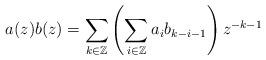
LaTeX: \begin{gather*}a(z)b(z)=\sum_{k\in\mathbb{Z}}\left(\sum_{i\in\mathbb{Z}}a_{i}b_{k-i-1}\right)z^{-k-1}\end{gather*}